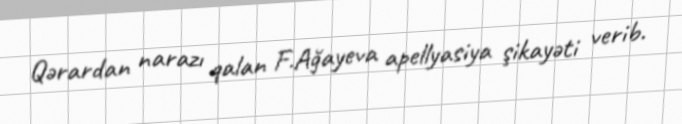
Qərardan narazı qalan F.Ağayeva apellyasiya şikayəti verib.